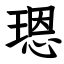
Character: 𤨒